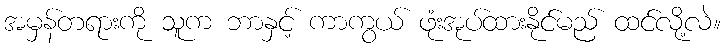
အမှန်တရားကို သူက ဘာနှင့် ကာကွယ် ဖုံးအုပ်ထားနိုင်မည် ထင်လို့လဲ။